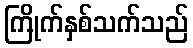
ကြိုက်နှစ်သက်သည်